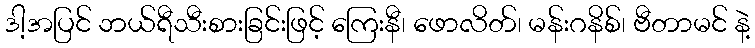
ဒါ့အပြင် ဘယ်ရီသီးစားခြင်းဖြင့် ကြေးနီ၊ ဖောလိတ်၊ မန်းဂနိစ်၊ ဗီတာမင် နဲ့